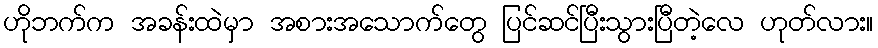
ဟိုဘက်က အခန်းထဲမှာ အစားအသောက်တွေ ပြင်ဆင်ပြီးသွားပြီတဲ့လေ ဟုတ်လား။